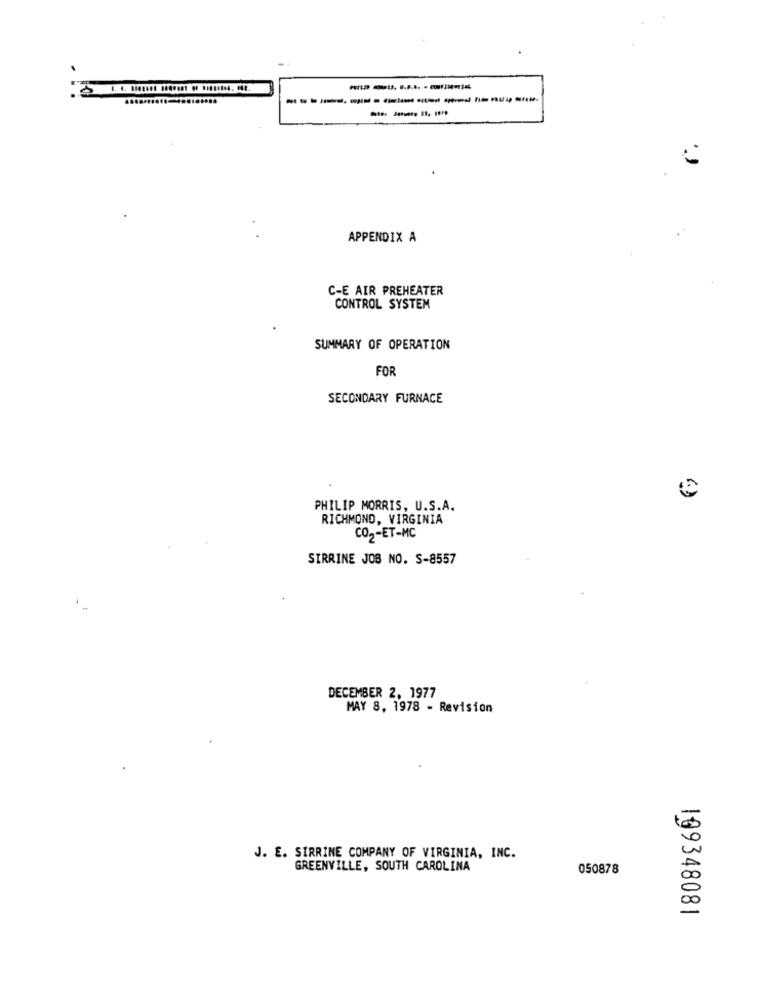
.
APPENDIX A
C-E AIR PREHEATER
CONTROL SYSTEM
SUMMARY OF OPERATION
FOR
SECONDARY FURNACE
PHILIP MORRIS, U.S.A.
RICHMOND, VIRGINIA
CO2-ET-MC
SIRRINE JOB NO. S-8557
DECEMBER 2, 1977
MAY 8, 1978 - Revision
J. E. SIRRINE COMPANY OF VIRGINIA, INC.
GREENVILLE, SOUTH CAROLINA
050878
199348081